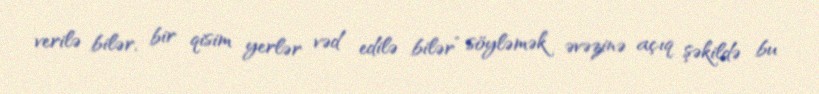
verilə bilər, bir qisim yerlər vəd edilə bilər” söyləmək əvəzinə açıq şəkildə bu